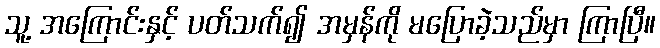
သူ့ အကြောင်းနှင့် ပတ်သက်၍ အမှန်ကို မပြောခဲ့သည်မှာ ကြာပြီ။